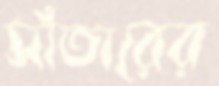
সাঁতারের